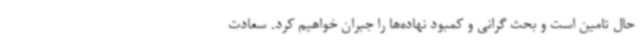
حال تامین است و بحث گرانی و کمبود نهاده‌ها را جبران خواهیم کرد. سعادت